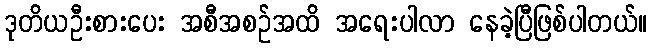
ဒုတိယဦးစားပေး အစီအစဉ်အထိ အရေးပါလာ နေခဲ့ပြီဖြစ်ပါတယ်။